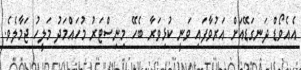
އެއެވޯޑް ދަނގަޑޭއަށް އަރުވާފައި ވަނީ ކުޅިވަރާ ބެހޭ މިނިސްޓަރު މުހައްމަދު މަލީހު ޖަމާލެވެ.